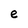
Character: e